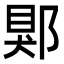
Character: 郹